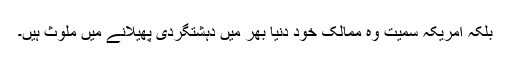
بلکہ امریکہ سمیت وہ ممالک خود دنیا بھر میں دہشتگردی پھیلانے میں ملوث ہیں۔